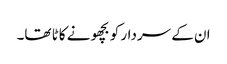
ان کے سردار کو بچھو نے کاٹا تھا۔